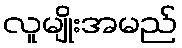
လူမျိုးအမည်